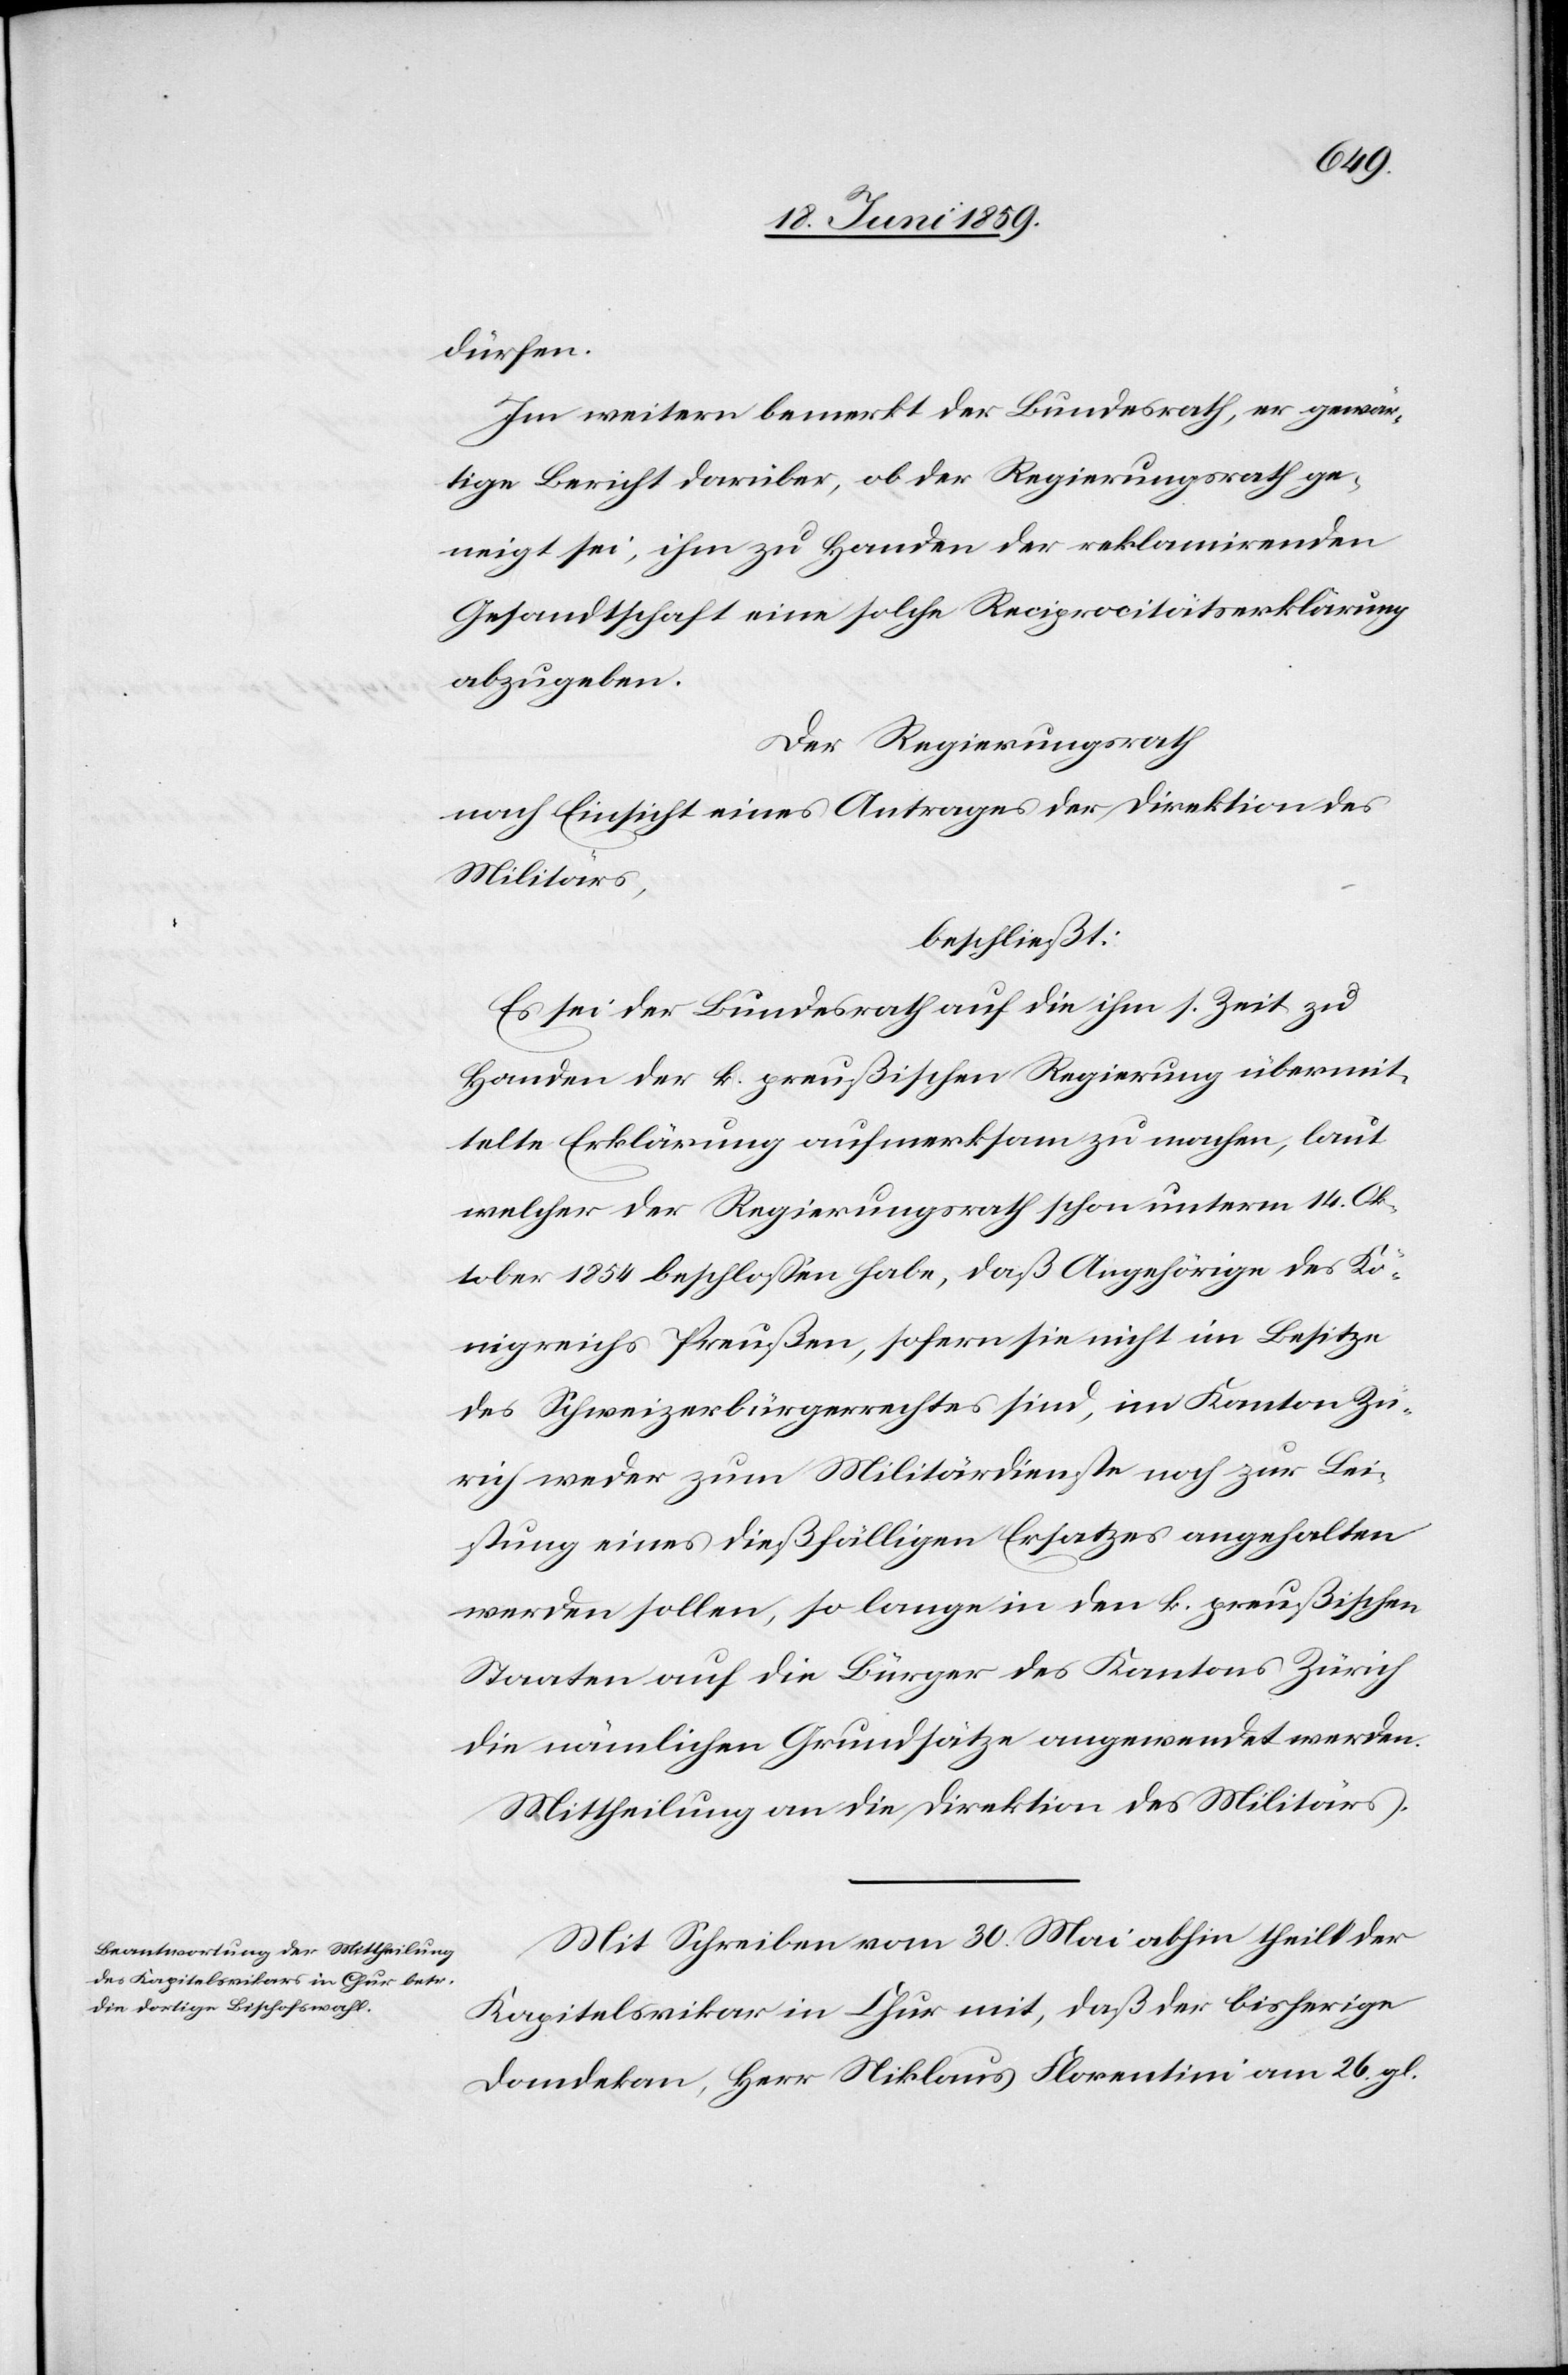
dürfen.
Im weitern bemerkt der Bundesrath, er gewär¬
tige Bericht darüber, ob der Regierungsrath ge¬
neigt sei, ihm zu Handen der reklamirenden
Gesandtschaft eine solche Reciprocitätserklärung
abzugeben.
Der Regierungsrath
nach Einsicht eines Antrages der Direktion des
Militärs,
beschliesst:
Es sei der Bundesrath auf die ihm 1. Zeit zu
Handen der k. preußischen Regierung übermit¬
telte Erklärung aufmerksam zu machen, laut
welcher der Regierungsrath schon unterm 14. Ok¬
tober 1854 beschlossen habe, daß Angehörige des Kö¬
nigreiches Preußen, sofern sie nicht im Besitze
des Schweizerbürgerrechtes sind, im Kanton Zü¬
rich weder zum Militärdienste noch zur Lei¬
stung eines dießfälligen Ersatzes angehalten
werden sollen, so lange in den k. preußischen
Staaten auf die Bürger des Kantons Zürich
die nämlichen Grundsätze angewendet werden.
Mittheilung an die Direktion des Militärs.
Mit Schreiben vom 30. Mai abhin theilt der
Kapitalsvikar in Chur mit, daß der bisherige
Domdekan, Herr Niklaus Florentini am 26. gl.